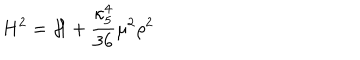
LaTeX: H ^ { 2 } = { \cal H } + \frac { \kappa _ { 5 } ^ { 4 } } { 3 6 } \mu ^ { 2 } \rho ^ { 2 }